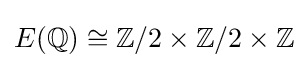
E(\mathbb {Q} )\cong \mathbb {Z} /2\times \mathbb {Z} /2\times \mathbb {Z}